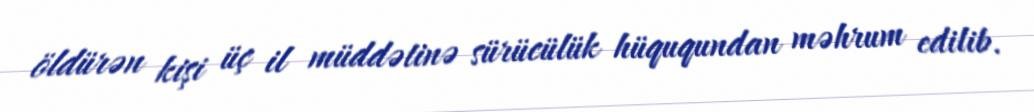
öldürən kişi üç il müddətinə sürücülük hüququndan məhrum edilib.